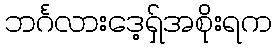
ဘင်္ဂလားဒေ့ရှ်အစိုးရက